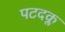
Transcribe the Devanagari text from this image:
पटदक्ल